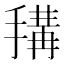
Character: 𢲱